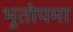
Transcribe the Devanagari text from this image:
भूतोपमा